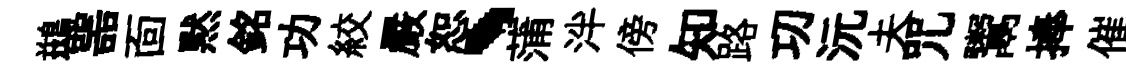
鷀噐靣黙銘功絞嚴恕、蒲泮傍知路㓛沅夫咒鬻捧催